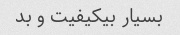
بسیار بیکیفیت و بد